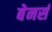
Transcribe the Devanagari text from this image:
बेनर्स